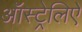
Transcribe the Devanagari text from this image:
ऑस्ट्रेलिऐ